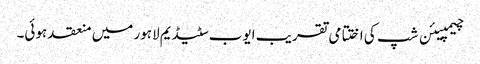
چیمپیئن شپ کی اختتامی تقریب ایوب سٹیڈیم لاہور میں منعقد ہوئی۔